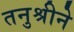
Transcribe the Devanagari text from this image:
तनुश्रीने